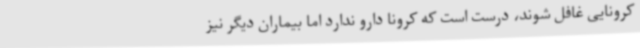
کرونایی غافل شوند، درست است که کرونا دارو ندارد اما بیماران دیگر نیز